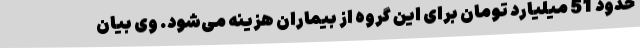
حدود 51 میلیارد تومان برای این گروه از بیماران هزینه می‌شود. وی بیان